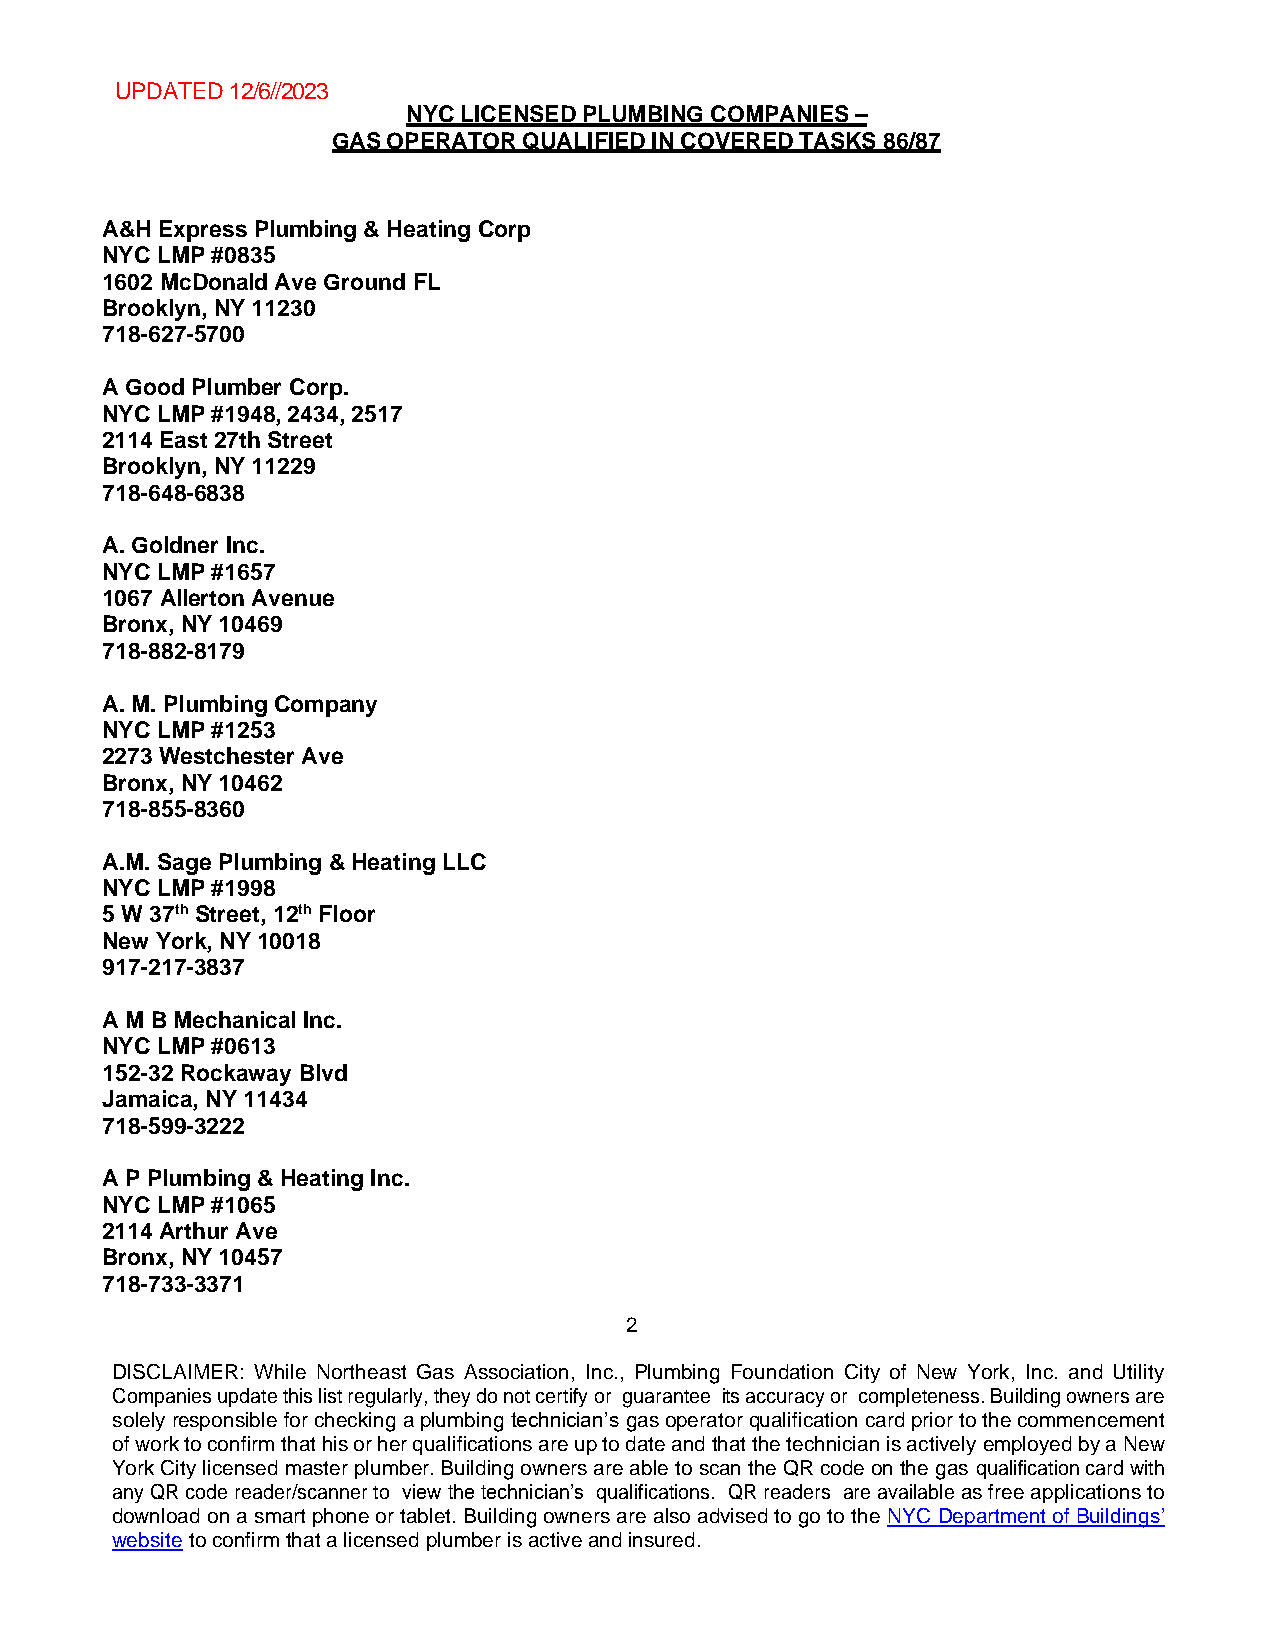
UPDATED 12/6//2023
 NYC LICENSED PLUMBING COMPANIES –
 GAS OPERATOR QUALIFIED IN COVERED TASKS 86/87
 A&H Express Plumbing & Heating Corp
 NYC LMP #0835
 1602 McDonald Ave Ground FL
 Brooklyn, NY 11230
 718-627-5700
 A Good Plumber Corp.
 NYC LMP #1948, 2434, 2517
 2114 East 27th Street
 Brooklyn, NY 11229
 718-648-6838
 A. Goldner Inc.
 NYC LMP #1657
 1067 Allerton Avenue
 Bronx, NY 10469
 718-882-8179
 A. M. Plumbing Company
 NYC LMP #1253
 2273 Westchester Ave
 Bronx, NY 10462
 718-855-8360
 A.M. Sage Plumbing & Heating LLC
 NYC LMP #1998
 5 W 37th Street, 12th Floor
 New York, NY 10018
 917-217-3837
 A M B Mechanical Inc.
 NYC LMP #0613
 152-32 Rockaway Blvd
 Jamaica, NY 11434
 718-599-3222
 A P Plumbing & Heating Inc.
 NYC LMP #1065
 2114 Arthur Ave
 Bronx, NY 10457
 718-733-3371
 2
 DISCLAIMER: While Northeast Gas Association, Inc., Plumbing Foundation City of New York, Inc. and Utility
 Companies update this list regularly, they do not certify or guarantee its accuracy or completeness. Building owners are
 solely responsible for checking a plumbing technician’s gas operator qualification card prior to the commencement
 of work to confirm that his or her qualifications are up to date and that the technician is actively employed by a New
 York City licensed master plumber. Building owners are able to scan the QR code on the gas qualification card with
 any QR code reader/scanner to view the technician’s qualifications. QR readers are available as free applications to
 download on a smart phone or tablet. Building owners are also advised to go to the NYC Department of Buildings’
 website to confirm that a licensed plumber is active and insured.